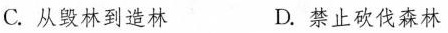
C.从毁林到造林 D.禁止砍伐森林